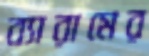
ব্যারামের